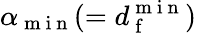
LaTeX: \alpha_{\mathrm{~m~i~n~}}(=d_{\mathrm{~f~}}^{\mathrm{~m~i~n~}})